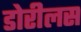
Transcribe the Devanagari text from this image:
डोरीलस